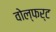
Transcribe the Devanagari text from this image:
वोल्फर्ट